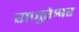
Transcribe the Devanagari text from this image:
राजुरेश्वर